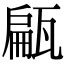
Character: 甂